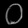
Digit: ၀